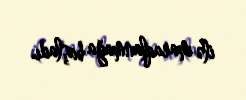
ilə maraqlanmağa başladı.